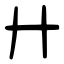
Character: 廾